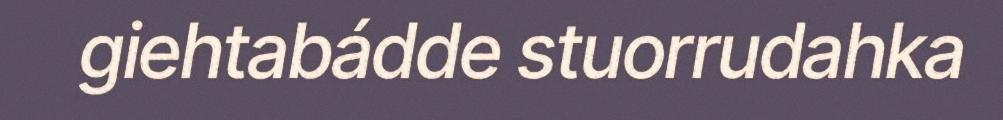
giehtabádde stuorrudahka